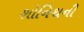
શોનિથની